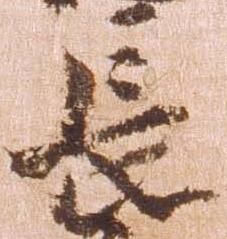
長